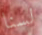
لسنا